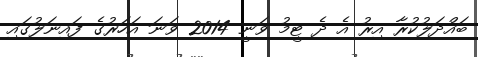
ބައްދަލުކުރާ އިރު އެ ދެ ޓީމު ވަނީ 2014 ވަނަ އަހަރުގެ ފައިނަލުގައި